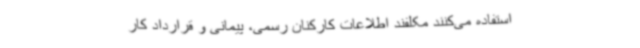
استفاده می‌کنند مکلفند اطلاعات کارکنان رسمی، پیمانی و قرارداد کار